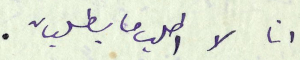
انا لا اطلب ما يطلبّ.